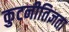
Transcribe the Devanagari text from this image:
कुटनीतिज्ञता